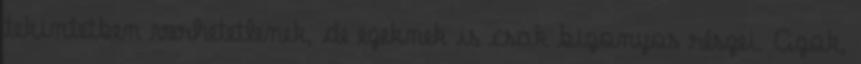
tekintetben verhetetlenek, de ezeknek is csak bizonyos részei. Azok,